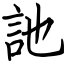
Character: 訑